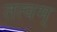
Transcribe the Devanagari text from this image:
तत्वम्